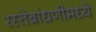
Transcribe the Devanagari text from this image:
रस्तेबांधणीमध्ये